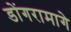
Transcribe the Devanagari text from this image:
डोंगरामागे